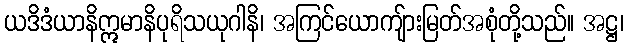
ယဒိဒံယာနိဣမာနိပုရိသယုဂါနိ၊ အကြင်ယောကျ်ားမြတ်အစုံတို့သည်။ အဋ္ဌ၊